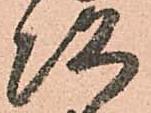
次